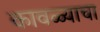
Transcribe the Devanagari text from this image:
कावळ्याचा